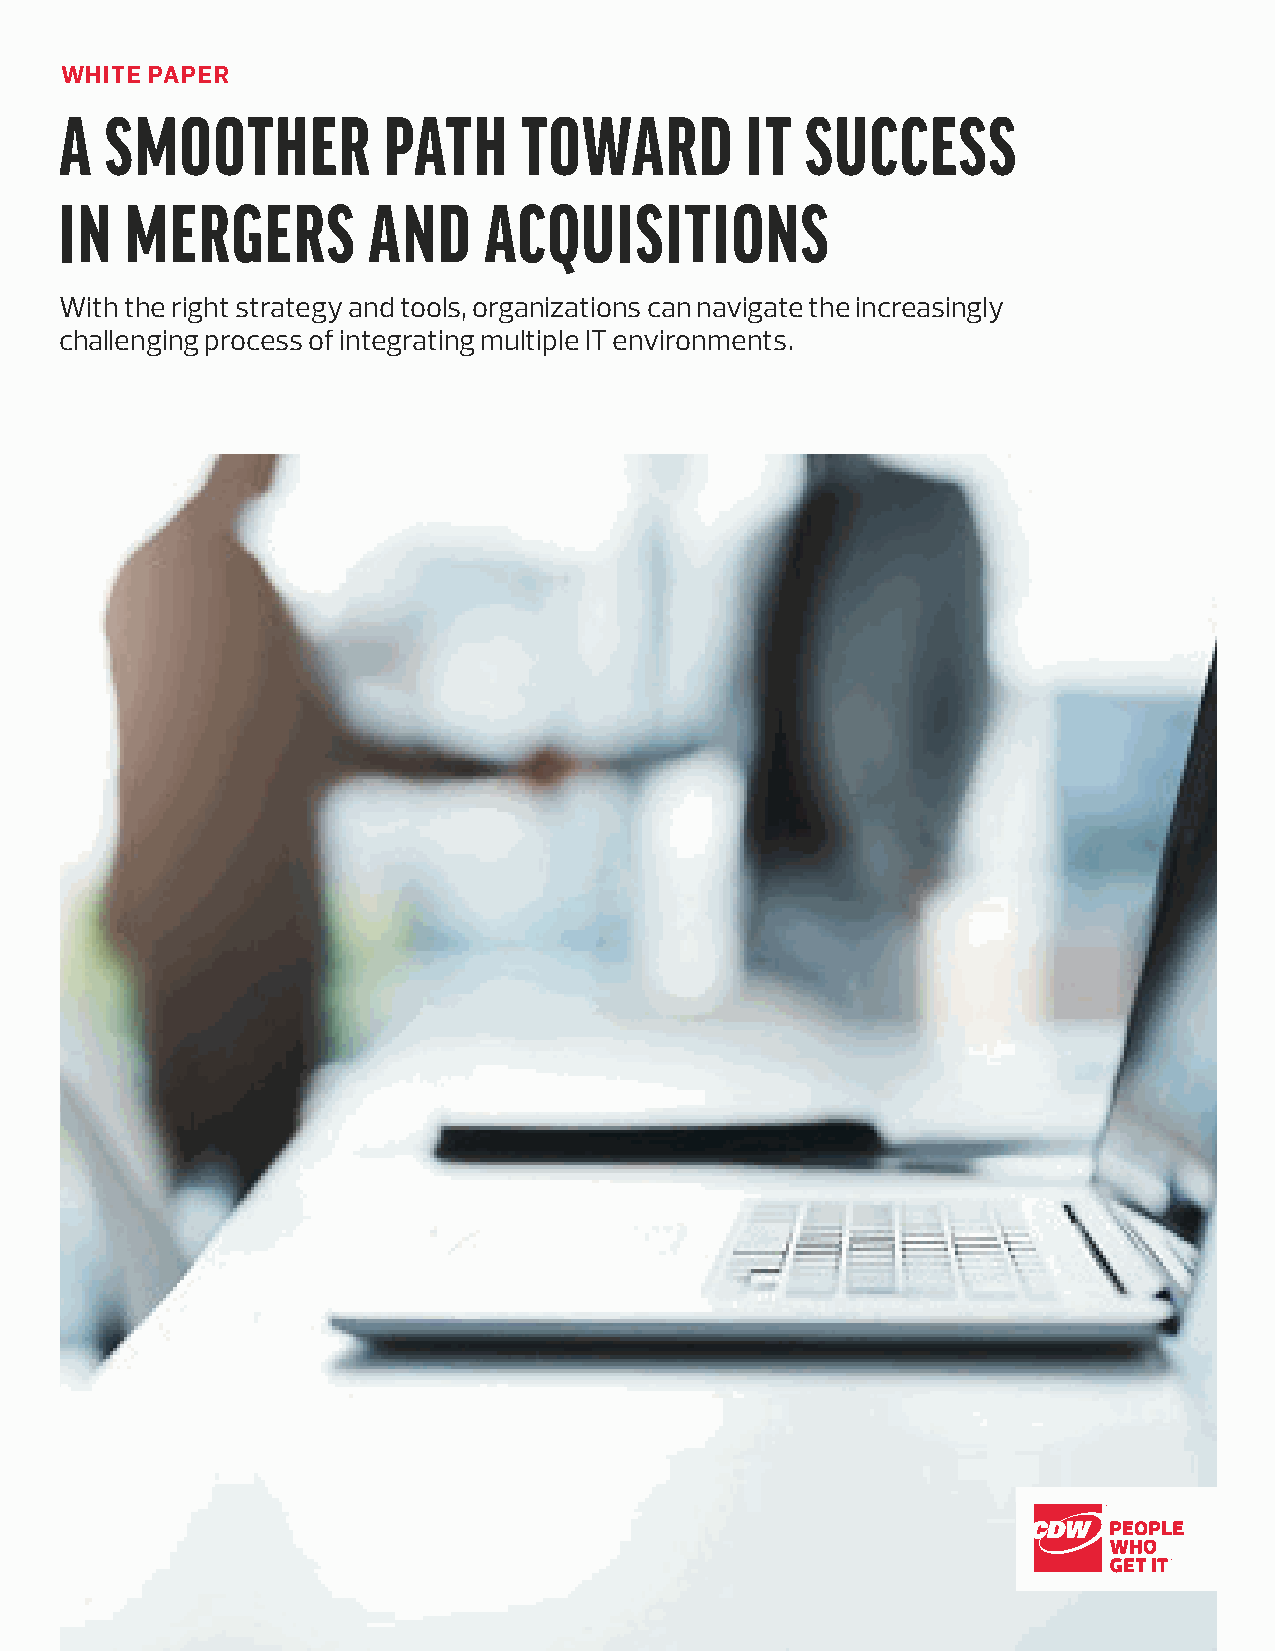
WHITE PAPER
 A  SMOOTHER          PATH      TOWARD        IT  SUCCESS
 IN  MERGERS         AND     ACQUISITIONS
 With the right strategy and tools, organizations can navigate the increasingly
 challenging process of integrating multiple IT environments.